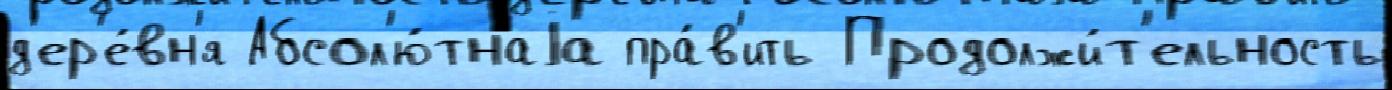
д'ер'е́вн'я Абсол'ю́тнаjа пра́в'ить Продолжи́т'ельность